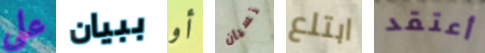
على ببيان أو نسيان ابتلع أعتقد